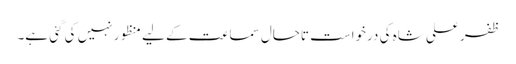
ظفر علی شاہ کی درخواست تاحال سماعت کے لیے منظور نہیں کی گئی ہے۔